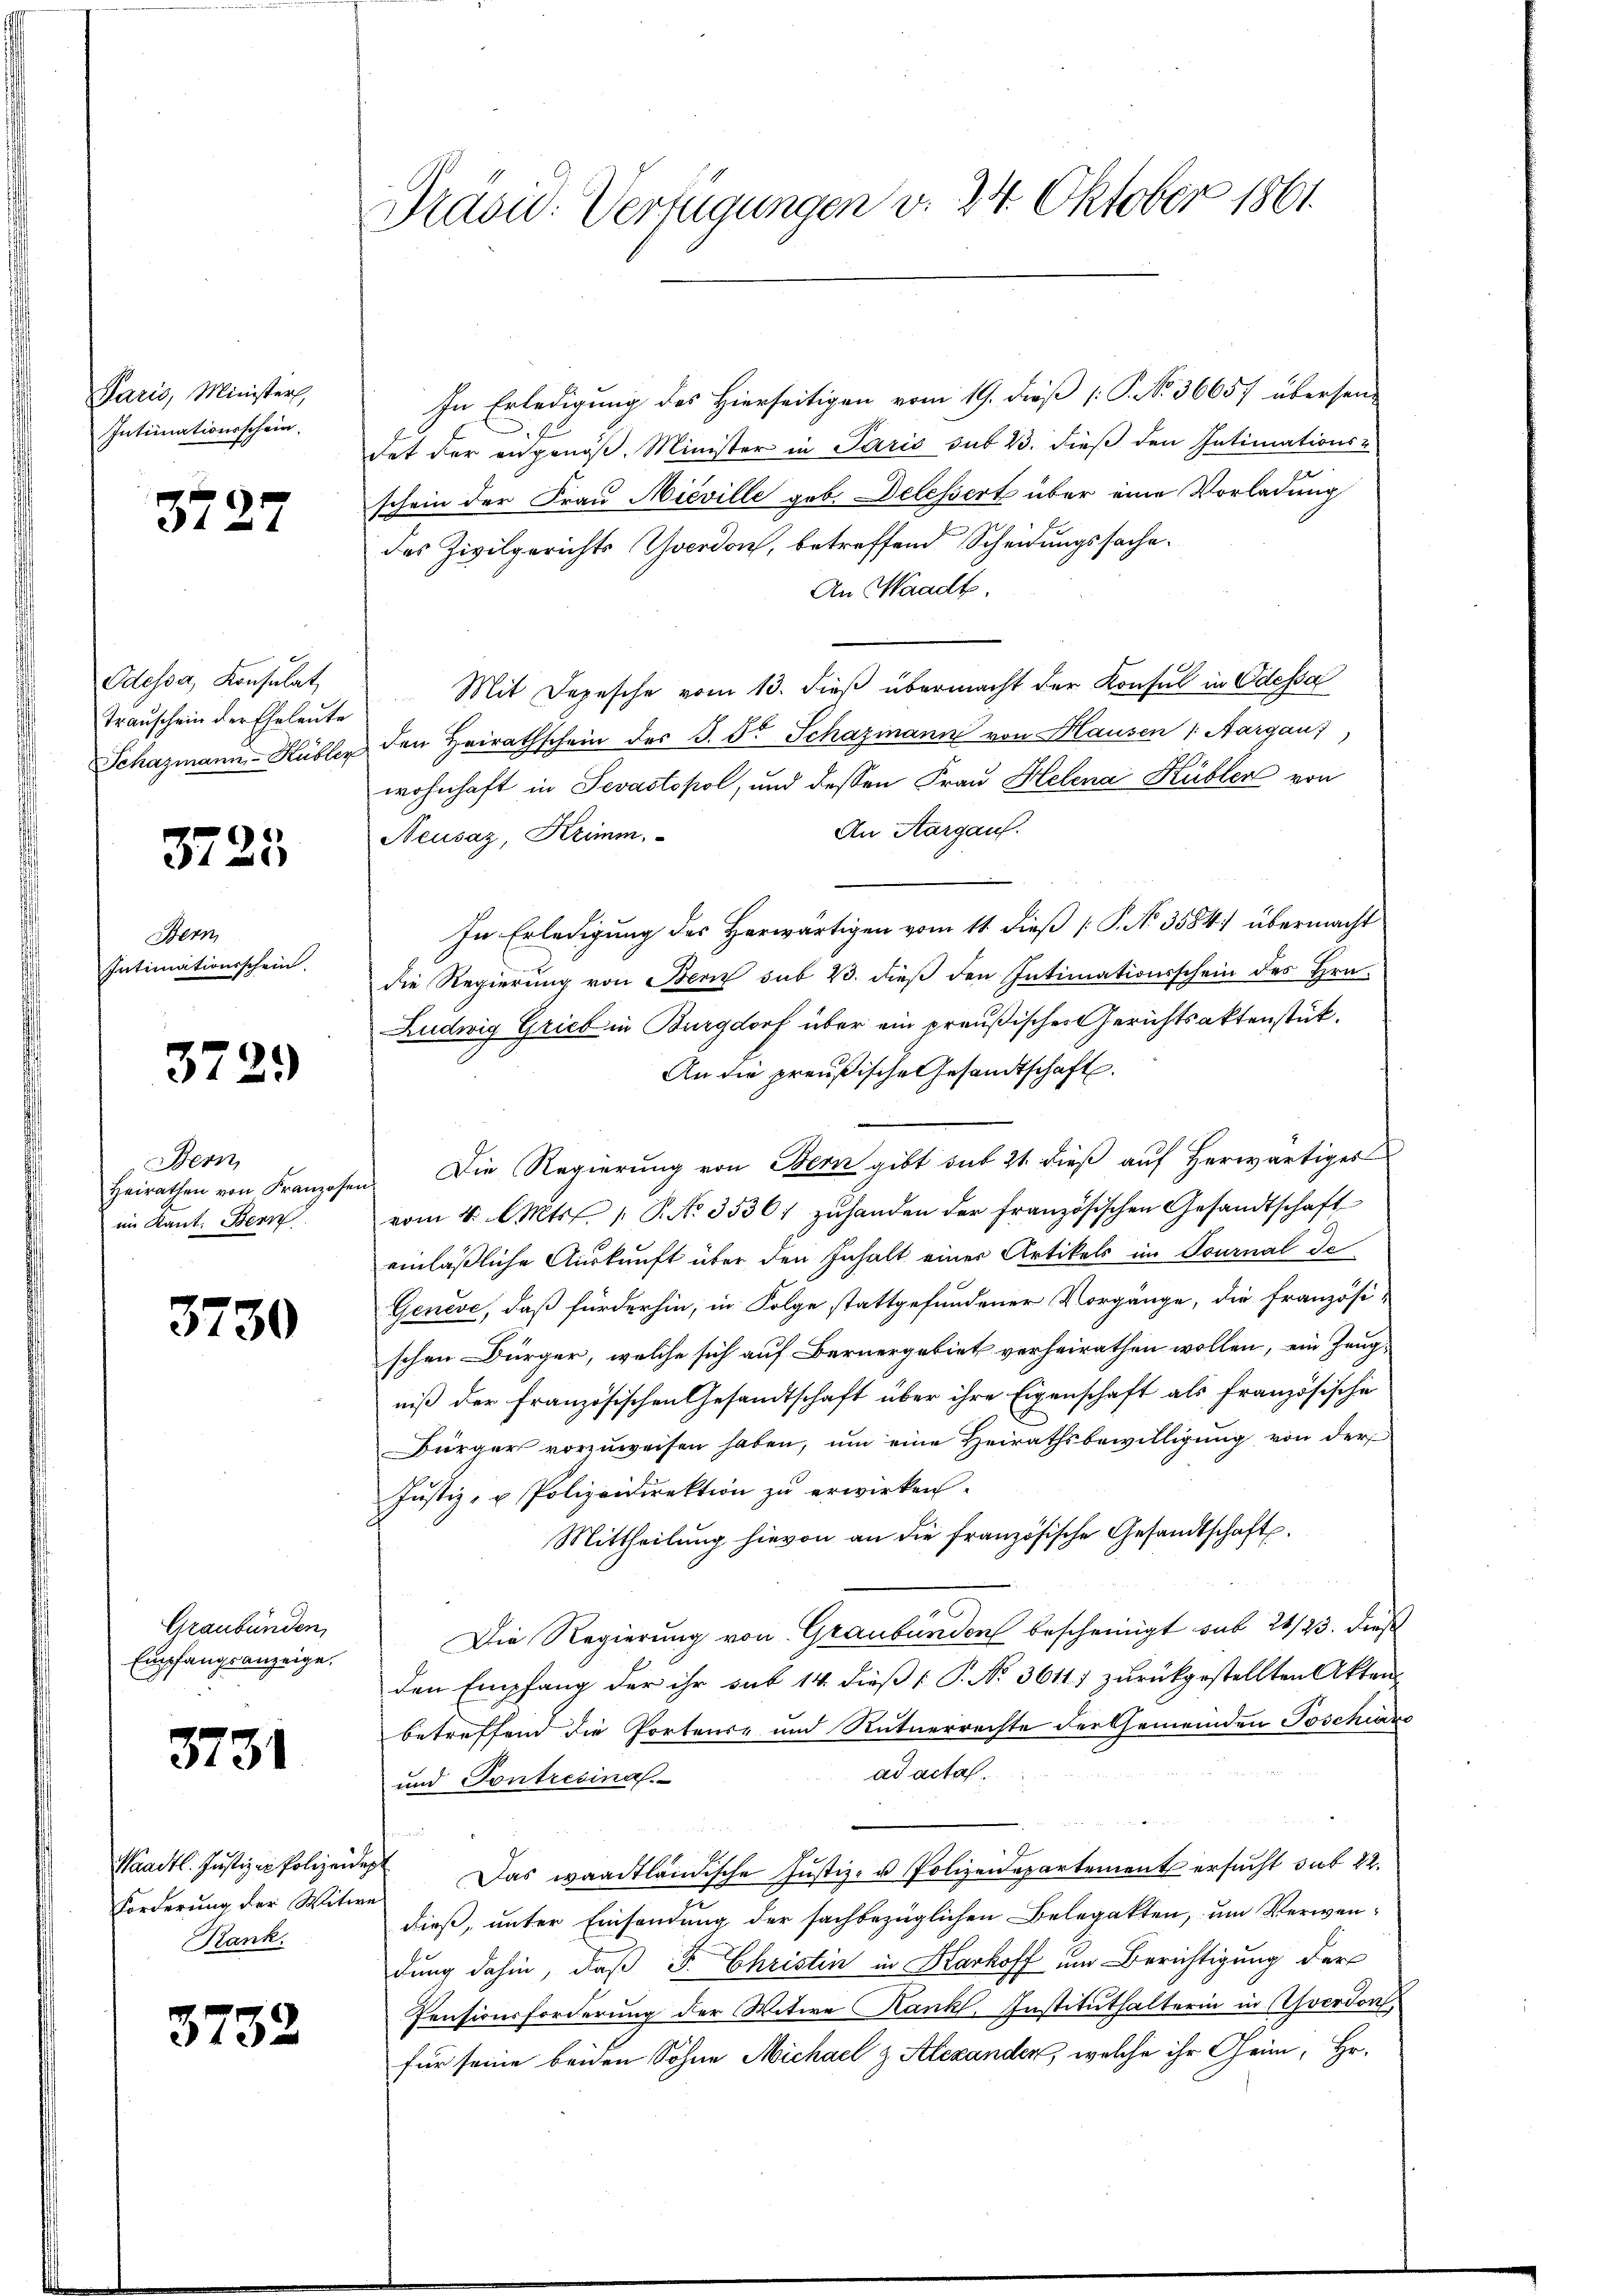
Paris, Minister,
Intimationsschein

3727

Odessa, Konsulat
Transchein der Eheleute
Schazmann-Kübler

3725

Bern,
Intimationsschein.

372.

Bern,
Heirathen von Franzosen
im Kant. Bern

3730

Graubünden,
Empfangsanzeige.

3731

Forderung der Witwe
Rank.

3732

Prasid. Verfügungen v. 24. Oktober 1861.

In Erledigung des Hierseitigen vom 19. dieß [ P. No 36657 übersen-
det der angenöß. Minister in Paris sub 23. dieß den Intimations-
schein der Frau Nieville geb. Delessert über eine Vorladung
des Zivilgerichts Yverdon, betreffend Scheidungssache.
An Waadt.
Mit Depesche vom 13. dieß übermacht der Konsul in Odessa
den Heirathschein der J. F. Schazmann von Hausen /: Aargaus,
wohnhaft in Sevastopol, und dessen Frau Helena Kübler von
An Aargauf.
Neusaz, Krimm.
In Erledigung des Herwärtigen vom 11. dieß P. N. 3584 übermacht
die Regierung von Benz sub 23. dieß den Intimationsschein des Hrn.
Ludwig Grieb in Burgdorf über ein preußisches Gerichtsaktenstück.
An die preußische Gesandtschaft.
u. Die Regierung von Bern gibt sub 21 dieß auf herwärtiges
vom 4. Mts. 1. P. No. 3536 zŭhanden der französischen Gesandtschaft
einläßliche Auskunft über den Inhalt einer Artikels im Tournal de
Genève, daß fürderhin, in Folge stattgefundener Vorgänge, die französi-
schen Bürger, welche sich auf Bernergebiet verheirathen wollen, ein Zeugniß der französischen Gesandtschaft über ihre Eigenschaft als französische
Bürger vorzuweisen haben, um eine Heirathsbewilligung von der
Justiz- u Polizeidirektion zu erwirken.
Mittheilŭng hievon an die französische Gesandtschaft.
Die Regierung von Graubünden bescheinigt sub 21/23. Dieß
den Empfang der ihr sub 14 dieß P. No. 3611) zurückgestellten Akten
betreffend die Portense und Rütnerrechte der Gemeinden Poschiara
ad actal.
und Sontresina
Waadt. Justiz-Polizeide. Das waadtländische Justiz- u Polizeidepartement ersucht sub 22.
dieß, unter Einsendung der sachbezüglichen Belegatten, um Verwendung dahin, daß F. Christin in Karhoff um Berichtigung der
Pensionsforderung der Witwe Kankl, Instituthalterin in Choerdon
für seine beiden Sohne Michael & Alexanden, welche ihr Gein, Hr.